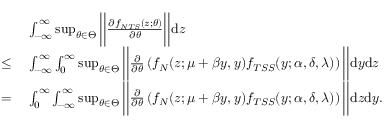
\begin{array} { r l } & { \ \int _ { - \infty } ^ { \infty } \operatorname* { s u p } _ { \theta \in \Theta } \bigg | \bigg | \frac { \partial f _ { N T S } ( z ; \theta ) } { \partial \theta } \bigg | \bigg | \mathrm { d } z } \\ { \le } & { \ \int _ { - \infty } ^ { \infty } \int _ { 0 } ^ { \infty } \operatorname* { s u p } _ { \theta \in \Theta } \bigg | \bigg | \frac { \partial } { \partial \theta } \left( f _ { N } ( z ; \mu + \beta y , y ) f _ { T S S } ( y ; \alpha , \delta , \lambda ) \right) \bigg | \bigg | \mathrm { d } y \mathrm { d } z } \\ { = } & { \ \int _ { 0 } ^ { \infty } \int _ { - \infty } ^ { \infty } \operatorname* { s u p } _ { \theta \in \Theta } \bigg | \bigg | \frac { \partial } { \partial \theta } \left( f _ { N } ( z ; \mu + \beta y , y ) f _ { T S S } ( y ; \alpha , \delta , \lambda ) \right) \bigg | \bigg | \mathrm { d } z \mathrm { d } y . } \end{array}